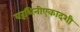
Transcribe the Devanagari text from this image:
वरूथिनीएकादशी